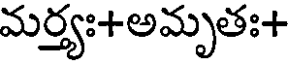
మర్త్యః+అమృతః+